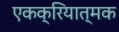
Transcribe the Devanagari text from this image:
एकक्रियात्मक